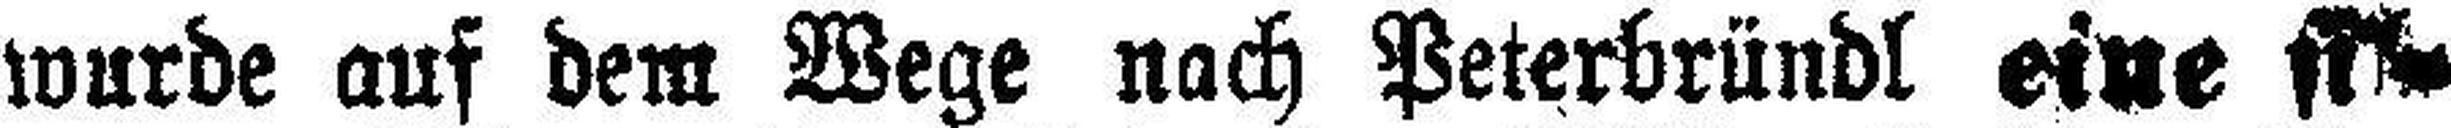
wurde auf dem Wege nach Peterbründl eine ###